Lunatic asylums Central Provinces reports 1895-1909 - 1895-1909
Year: 1895
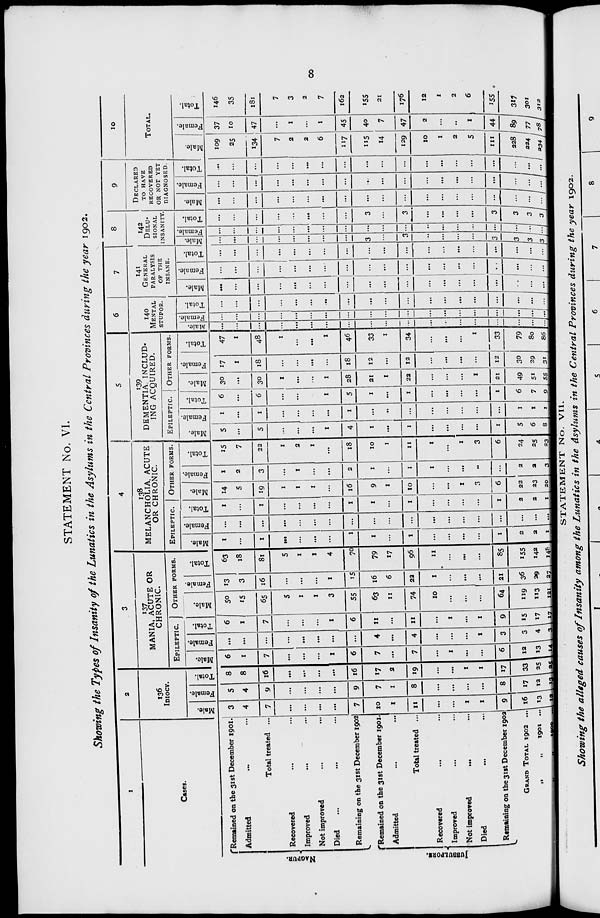
8
STATEMENT No. VI
Showing the Types of Insanity of the Lunatics in the Asylums in the Central Provinces during the year 1902.
1
Cases.
NAGPUR.
JUBBULPORE.
Remained on the 31st December 1901.
Admitted ... ...
Total treated ...
Recovered ... ...
Improved ... ...
Not improved ... ...
Died
...
...
...
Remaining on the 31st December 1902
Remained on the 31st December 1901.
Admitted
...
...
Total treated ... ...
Recovered ... ...
Improved ... ...
Not improved ... ...
Died ... ...
Remaining on the 31st December 1902
GRANDTOTAL
1902
...
„
„
1901 ...
„ „ 1900 ...
2
136
IDIOCY.
Male.
3
4
7
...
...
...
...
7
10
1
11
...
...
1
1
9
16
13
12
Female.
5
4
9
...
...
...
...
9
7
1
8
...
...
...
...
8
17 12
13
Total.
8
8
16
...
...
...
...
16
17
2
19
...
...
1
1
17
33
25
25
3
137
MANIA, ACUTE OR
CHRONIC.
EPILEPTIC.
Male.
6
1
7
...
...
...
1
6
7
...
7
...
1
...
...
6
12
13
14
Female.
...
...
...
...
...
...
...
...
4
...
4
...
...
...
1
3
3
4
3
Total.
6
1
7
...
...
...
1
6
11
...
11
...
1
...
1
9
15
17
17
OTHER FORMS.
Male.
50
15
65
5
1
1
3
55
63
11
74
10
...
...
...
64
119
113
121
Female.
13
3
16
...
...
...
1
15
16
6
22
1
...
...
...
21
36
29
27
Total.
63
18
81
5
1
1
4
70
79
17
96
11
...
...
...
85
155
142
148
4
138
MELANCHOLIA,
ACUTE
OR CHRONIC.
EPILEPTIC.
Male.
1
...
1
...
...
...
...
1
1
...
1
...
...
...
...
1
2
2
1
Female.
...
...
...
...
...
...
...
...
...
...
...
...
...
...
...
...
...
...
...
Total.
1
...
1
...
...
...
...
1
1
...
1
...
...
...
...
1
2
2
1
OTHER
FORMS.
Male.
14
5
19
1
1
1
...
16
9
1
10
...
...
1
3
6
22
23
20
Female.
1
2
3
...
1
...
...
2
1
...
1
1
...
...
...
...
2
2
3
Total.
15
7
22
1
2
1
...
18
10
1
11
1
...
1
3
6
24
25
23
5
139
DEMENTIA,
INCLUD-
ING ACQUIRED.
EPILEPTIC.
Male.
5
...
5
...
...
...
1
4
1
...
1
...
...
...
...
1
5
6
8
Female.
1
...
1
...
...
...
...
1
...
...
...
...
...
...
...
...
1
1
1
Total.
6
...
6
...
...
1
5
1
...
1
...
...
...
...
1
6
7
9
OTHER FORMS.
Male.
30
...
30
1
...
...
1
28
21
1
22
...
...
...
1
21
49
51
55
Female.
17
1
18
...
...
...
...
18
12
...
12
...
...
...
...
12
30
29
31
Total.
47
1
48
1
...
...
1
46
33
1
34
...
...
...
1
33
79
80
86
6
140
MENTAL
STUPOR.
Male.
...
...
...
...
...
...
...
...
...
...
...
...
...
...
...
...
...
...
...
Female.
...
...
...
...
...
...
...
...
...
...
...
...
...
...
...
...
...
...
...
Total.
...
...
...
...
...
...
...
...
...
...
...
...
...
...
...
...
...
...
...
7
141
GENERAL
PARALYSIS
OF THE
INSANE.
Male.
...
...
...
...
...
...
...
...
...
...
...
...
...
...
...
...
...
...
...
Female.
...
...
...
...
...
...
...
...
...
...
...
...
...
...
...
...
...
...
...
Total.
...
...
...
...
...
...
...
...
...
...
...
...
...
...
...
...
...
...
...
8
142
DELU-
------
INSANITY.
Male.
...
...
...
...
...
...
...
...
3
...
3
...
...
...
...
3
3
3
3
Female.
...
...
...
...
...
...
...
...
...
...
...
...
...
...
...
...
...
...
...
Total.
...
...
...
...
...
...
...
...
3
...
3
...
...
...
...
3
3
3
3
9
DECLARED
TO HAVE
RECOVERED
OR NOT YET
DIAGNOSED.
Male.
...
...
...
...
...
...
...
...
...
...
...
...
...
...
...
...
...
...
...
Female.
...
...
...
...
...
...
...
...
...
...
...
...
...
...
...
...
...
...
...
Total.
...
...
...
...
...
...
...
...
...
...
...
...
...
...
...
...
...
...
...
10
TOTAL.
Male.
109
25
134
7
2
2
6
117
115
14
129
10
1
2
5
111
228
224
Female.
37
10
47
...
1
...
1
45
40
7
47
2
...
...
1
44
89
77
234 78
Total.
146
35
181
7
3
2
7
162
155
21
176
12
1
2
6
155
317
301
312